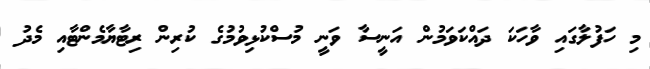
މި ހަފުލާގައި ވާހަކަ ދައްކަވަމުން އަނީސާ ވަނީ މުސްކުޅިވުމުގެ ކުރިން ރިޓާޔާމެންޓާއި މެދު